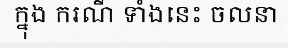
ក្នុង ករណី ទាំងនេះ ចលនា